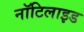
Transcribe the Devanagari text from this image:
नॉटिलाइड